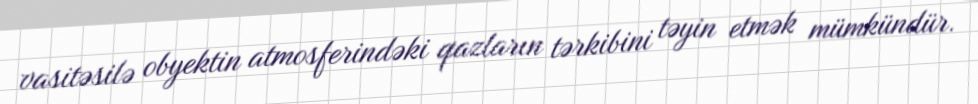
vasitəsilə obyektin atmosferindəki qazların tərkibini təyin etmək mümkündür.